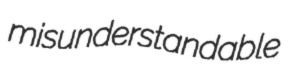
misunderstandable